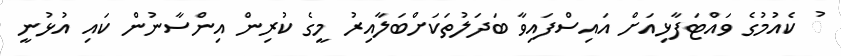
ު ކެއުމުގެ ވައްޓަފާޅިއަށް އައިސްފައިވާ ބަދަލުތަކަށްބަލާއިރު މީގެ ކުރިން އިންސާނުން ކައި އުޅުނީ